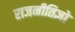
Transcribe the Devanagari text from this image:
राजनीतिज्ञो